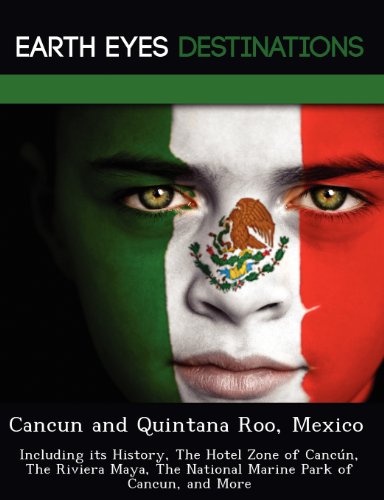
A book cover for Cancun and Quintana Roo, Mexico: Including its History, The Hotel Zone of CancÃºn, The Riviera Maya, The National Marine Park of Cancun, and More; Sandra Wilkins; Travel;